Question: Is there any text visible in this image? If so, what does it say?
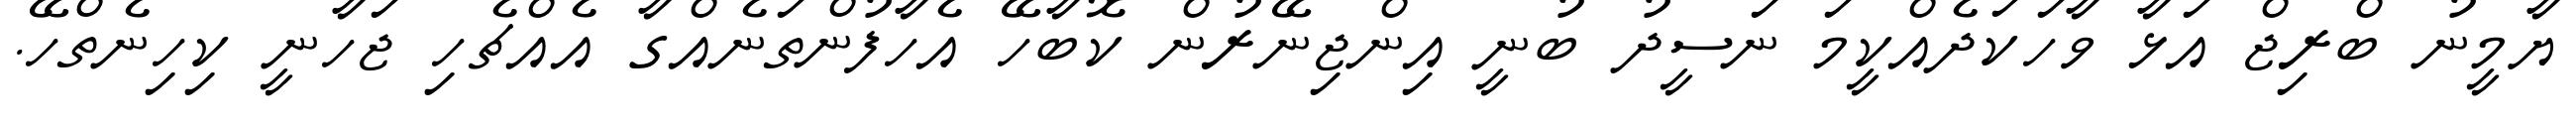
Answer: ޔާމީނު ބްރިޖް އަޅާ ވާހަކަދެއްކީމަ ނަސީދު ބުނީ އިންޖިނޭރުން ކޮބާހޭ އެހާފުންތަނެއްގާ އެއްޗެހި ޖަހާނީ ކިހިނެތްހޭ.